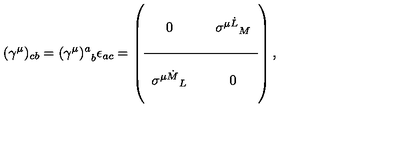
( { \gamma ^ { \mu } } ) _ { c b } = { ( \gamma ^ { \mu } ) ^ { a } } _ { b } \epsilon _ { a c } = \left( \begin{array} { c c c } { } & { \vline } & { } \\ { 0 } & { \vline } & { { \sigma ^ { \mu { \dot { L } } } } _ { M } } \\ { } & { \vline } & { } \\ \hline { } & { \vline } & { } \\ { { \sigma ^ { \mu \dot { M } } } _ { L } } & { \vline } & { 0 } \\ { } & { \vline } & { } \\ \end{array} \right) ,